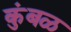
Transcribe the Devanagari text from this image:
कुंबळ